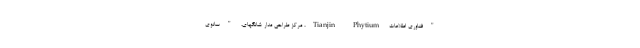
"فناوری اطلاعات Tianjin Phytium، مرکز طراحی مدار شانگهای، "سانوی